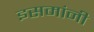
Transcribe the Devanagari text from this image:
इसमांनी